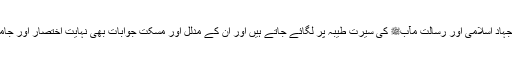
اس می مصنف نے ان تمام اعتراضات اور اتہامات کا ذکر کیا ہے جو مخالفین کی طرف سے جہاد اسلامی اور رسالت مآبﷺ کی سیرت طیبہ پر لگائے جاتے ہیں اور ان کے مدلل اور مسکت جوابات بھی نہایت اختصار اور جامعیت کے ساتھ دے دیئے گئے ہیں جن کی تفصیل کتاب اور ضمیمہ جات میں درج کی گئی ہے۔